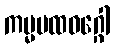
ကမ္မပထဝဂ္ဂေါ